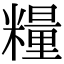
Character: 糧